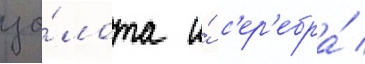
зо́лота и́ с'ер'ебра́ /